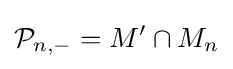
{\mathcal {P}}_{n,-}=M'\cap M_{n}